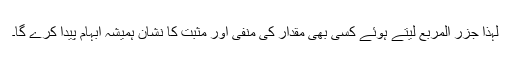
لہٰذا جزر المربع لیتے ہوئے کسی بھی مقدار کی منفی اور مثبت کا نشان ہمیشہ ابہام پیدا کرے گا۔